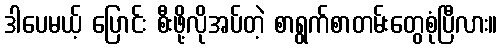
ဒါပေမယ့် ပြောင်း စီးဖို့လိုအပ်တဲ့ စာရွက်စာတမ်းတွေစုံပြီလား။